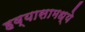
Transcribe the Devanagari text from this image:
हव्यासामध्ये